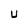
Character: U